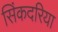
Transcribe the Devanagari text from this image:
सिंकदरिया